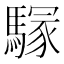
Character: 𩥃